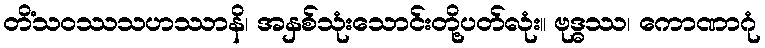
တိံသဝဿသဟဿာနိ၊ အနှစ်သုံးသောင်းတို့ပတ်လုံး။ ဗုဒ္ဓဿ၊ ကောဏာဂုံ